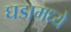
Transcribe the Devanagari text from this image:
घडामध्ये